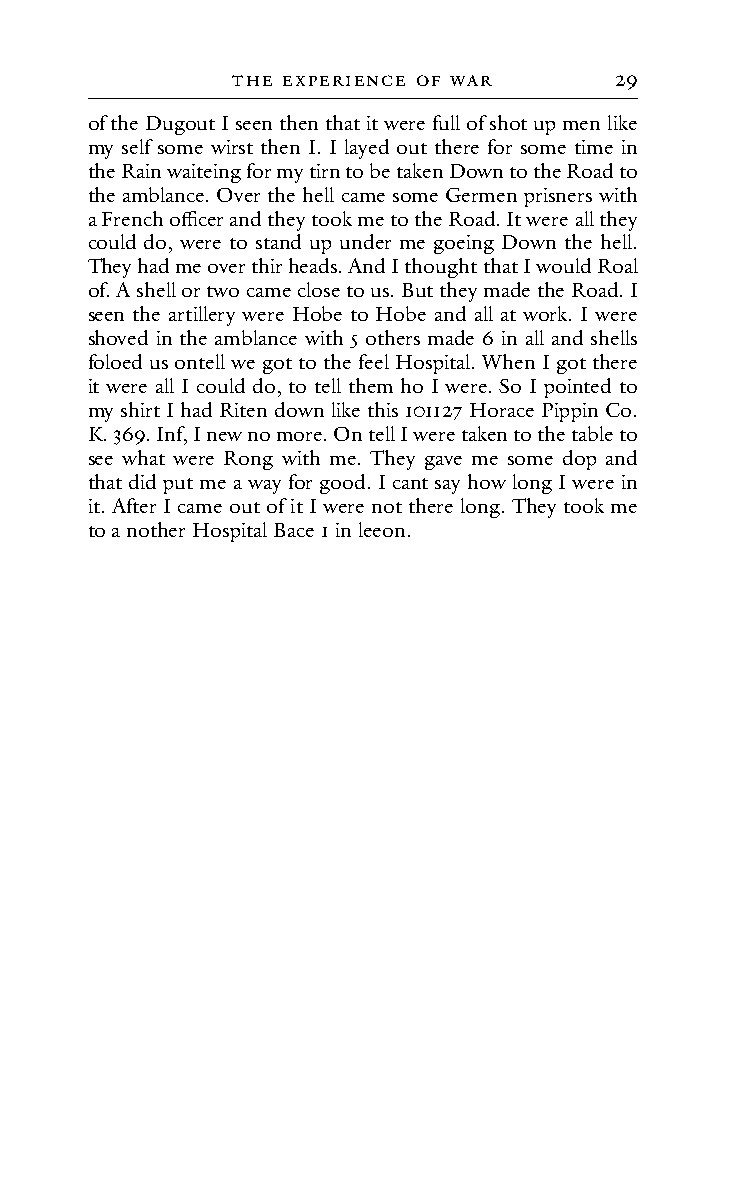
tHe e XPeRIence of WAR    29
 of the Dugout I seen then that it were full of shot up men like
 my self some wirst then I. I layed out there for some time in
 the Rain waiteing for my tirn to be taken Down to the Road to
 the amblance. Over the hell came some Germen prisners with
 a French officer and they took me to the Road. It were all they
 could do, were to stand up under me goeing Down the hell.
 They had me over thir heads. And I thought that I would Roal
 of. A shell or two came close to us. But they made the Road. I
 seen the artillery were Hobe to Hobe and all at work. I were
 shoved in the amblance with 5 others made 6 in all and shells
 foloed us ontell we got to the feel Hospital. When I got there
 it were all I could do, to tell them ho I were. So I pointed to
 my shirt I had Riten down like this 101127 Horace Pippin Co.
 K. 369. Inf, I new no more. On tell I were taken to the table to
 see what were Rong with me. They gave me some dop and
 that did put me a way for good. I cant say how long I were in
 it. After I came out of it I were not there long. They took me
 to a nother Hospital Bace 1 in leeon.